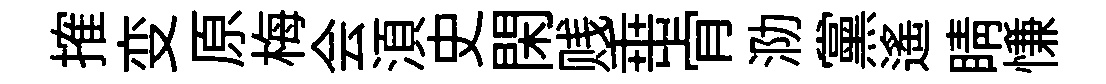
搉变原梅会湏史閑贱𡸁肻泐黨遙睛慊